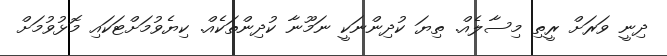
ދިނީ ވަރަށް ރީތި މިސާލެއް. ތިޔަ ކުދިންނަކީ ނަމޫނާ ކުދިންތަކެއް. ކިޔެވުމަށްޓަކައި މޮޅުވުމަށް